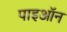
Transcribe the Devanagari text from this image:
पाइऑन